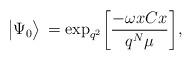
\begin{align*}\big|\Psi_0\big>\,={\rm exp}_{q^2}\bigg[{-\omega xCx\over q^N\mu}\bigg] ,\end{align*}